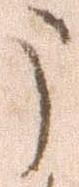
申